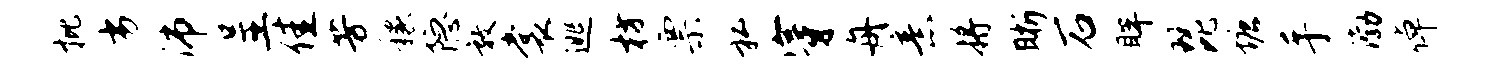
批劣沛呈佳芳稼隐敦裳逃枋票私穿舟意将晰石眸琵塘手渤倬